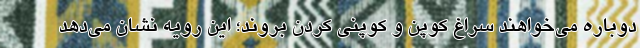
دوباره می‌خواهند سراغ کوپن و کوپنی کردن بروند؛ این رویه نشان می‌دهد